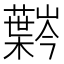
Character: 𫊍